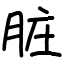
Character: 脏